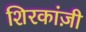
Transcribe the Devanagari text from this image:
शिरकांज़ी